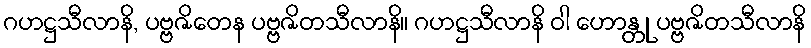
ဂဟဋ္ဌသီလာနိ, ပဗ္ဗဇိတေန ပဗ္ဗဇိတသီလာနိ။ ဂဟဋ္ဌသီလာနိ ဝါ ဟောန္တု ပဗ္ဗဇိတသီလာနိ